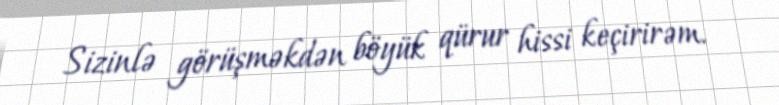
Sizinlə görüşməkdən böyük qürur hissi keçirirəm.